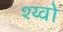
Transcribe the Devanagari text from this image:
श्य्वो